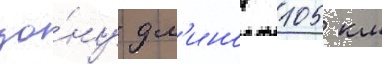
зо́ну дл'инои 105 км